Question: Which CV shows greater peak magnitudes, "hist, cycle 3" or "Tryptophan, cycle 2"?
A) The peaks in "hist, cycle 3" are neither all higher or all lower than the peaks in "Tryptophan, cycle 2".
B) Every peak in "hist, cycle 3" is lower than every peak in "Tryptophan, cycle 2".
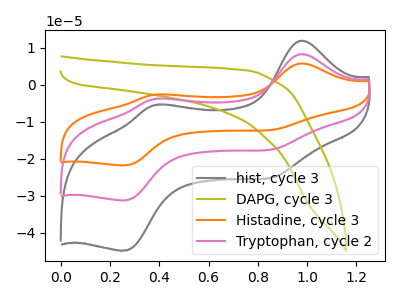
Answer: <think>The gray curve "hist, cycle 3" has anodic peaks at (1.00V, 11.95uA) (0.40V, -5.30uA) and cathodic peaks at (0.90V, -24.70uA) (0.25V, -44.75uA). The olive curve "DAPG, cycle 3" has no peaks. The orange curve "Histadine, cycle 3" has anodic peaks at (1.00V, 16.65uA) (0.40V, -7.40uA) and cathodic peaks at (0.90V, -34.40uA) (0.25V, -62.40uA). The pink curve "Tryptophan, cycle 2" has anodic peaks at (1.00V, 8.35uA) (0.40V, -3.70uA) and cathodic peaks at (0.90V, -17.20uA) (0.25V, -31.20uA).</think>
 <answer>A) The peaks in "hist, cycle 3" are neither all higher or all lower than the peaks in "Tryptophan, cycle 2".</answer>
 <eval>A</eval>